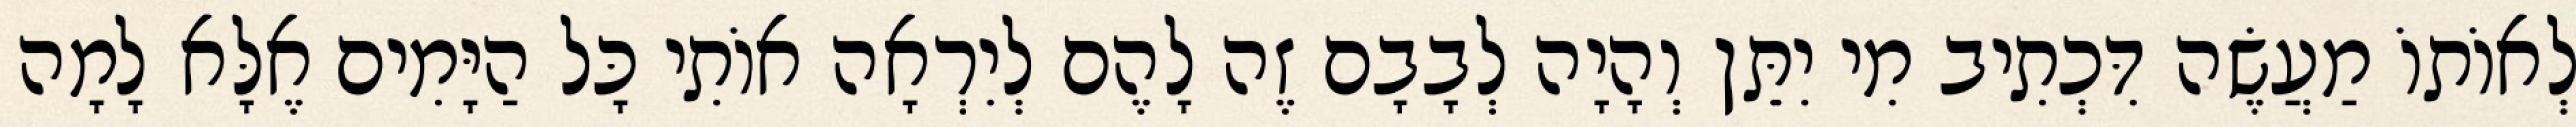
לְאוֹתוֹ מַעֲשֶׂה דִּכְתִיב מִי יִתֵּן וְהָיָה לְבָבָם זֶה לָהֶם לְיִרְאָה אוֹתִי כָּל הַיָּמִים אֶלָּא לָמָה